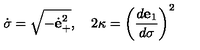
{ \dot { \sigma } } = \sqrt { - { \dot { \bf e } } _ { + } ^ { 2 } } , \quad 2 \kappa = \left( { \frac { d { \bf e } _ { 1 } } { d \sigma } } \right) ^ { 2 }